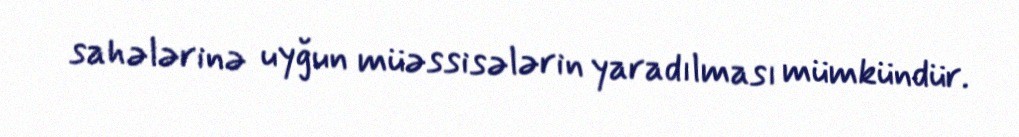
sahələrinə uyğun müəssisələrin yaradılması mümkündür.